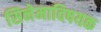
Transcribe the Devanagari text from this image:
सिनेमाविषयक